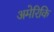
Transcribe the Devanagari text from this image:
अमेरिकि